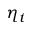
\eta _ { t }